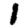
Digit: 1